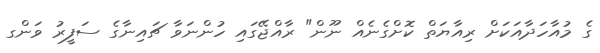
ގެ މުއާހަދާއަކަށް ރިއާޔަތް ކޮށްގެނެއް ނޫން" ރާއްޖޭގައި ހުންނަވާ ޗައިނާގެ ސަފީރު ވަންގ